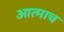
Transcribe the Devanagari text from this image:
आत्माच